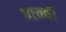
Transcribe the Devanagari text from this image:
चान्वा